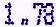
1.78